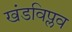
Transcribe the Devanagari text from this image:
खंडविप्लव